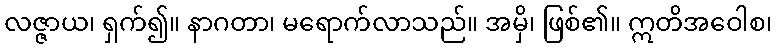
လဇ္ဇာယ၊ ရှက်၍။ နာဂတာ၊ မရောက်လာသည်။ အမှိ၊ ဖြစ်၏။ ဣတိအဝေါစ၊